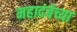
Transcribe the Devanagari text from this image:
महादंबेच्या